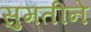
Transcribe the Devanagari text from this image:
सुमतीने